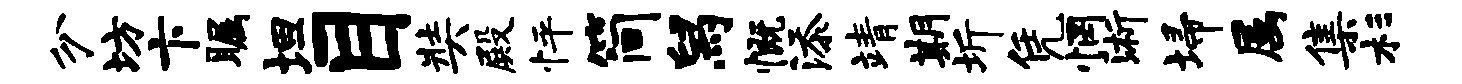
分坊卞瞩坦目奘殿怦简舄慨添靖期圻凭惘浙埽属集杉